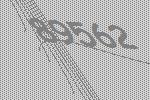
89562